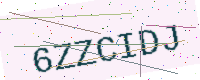
Text: 6ZZCIDJ